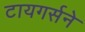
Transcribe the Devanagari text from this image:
टायगर्सने